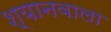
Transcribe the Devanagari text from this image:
श्यानवाला